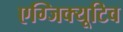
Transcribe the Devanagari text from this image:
एग्जिक्यूटिव